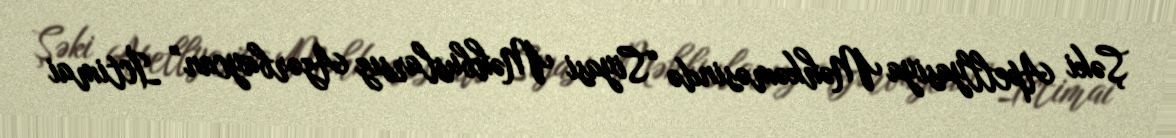
Şəki Apellyasiya Məhkəməsində “Siyasi Məhbuslarsız Azərbaycan” İctimai